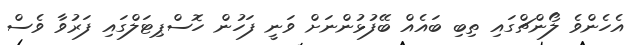
އެހެންވެ ލޯންޗްގައި ތިބި ބައެއް ބޭފުޅުންނަށް ވަނީ ފަހުން ހޮސްޕިޓަލްގައި ފަރުވާ ވެސް